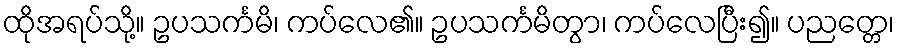
ထိုအရပ်သို့။ ဥပသင်္ကမိ၊ ကပ်လေ၏။ ဥပသင်္ကမိတွာ၊ ကပ်လေပြီး၍။ ပညတ္တေ၊